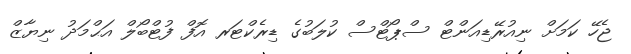
ޖެހޭ ކަމަށް ނިއުރޭޑިއަންޓް ސްޕޯޓްސް ކުލަބުގެ ޑިރެކްޓަރ އޮފް ފުޓްބޯލް އަޙްމަދު ނިޔާޒް